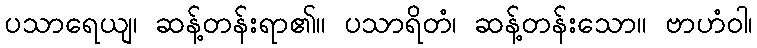
ပသာရေယျ၊ ဆန့်တန်းရာ၏။ ပသာရိတံ၊ ဆန့်တန်းသော။ ဗာဟံဝါ၊